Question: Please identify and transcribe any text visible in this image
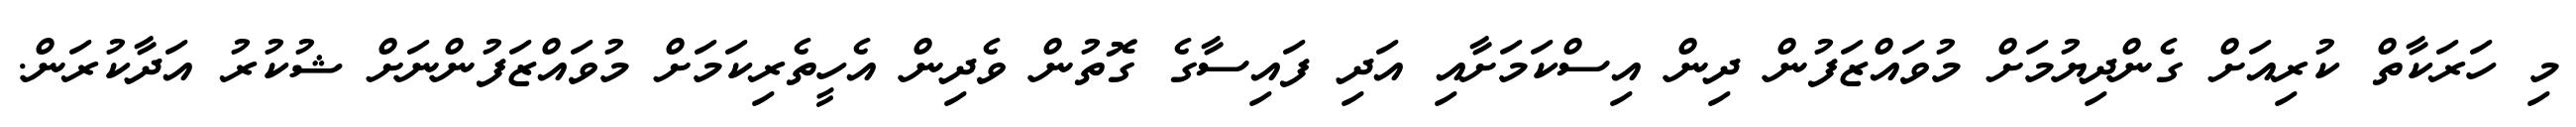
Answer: މި ހަރަކާތް ކުރިއަށް ގެންދިޔުމަށް މުވައްޒަފުން ދިން އިސްކަމަށާއި އަދި ފައިސާގެ ގޮތުން ވެދިން އެހީތެރިކަމަށް މުވައްޒަފުންނަށް ޝުކުރު އަދާކުރަން.